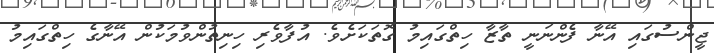
ޖީންސުގައި އޭނާ ފެންނަނީ ތާޒާ ހިތްގައިމު ގޮތަކަށެވެ. އުފާވެރި ހިނިތުންވުމަކުން އޭނާގެ ހިތްގައިމު